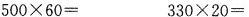
$$5 0 0 \times 6 0 =$$ $$3 3 0 \times 2 0 =$$